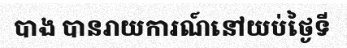
បាង បានរាយការណ៍នៅយប់ថ្ងៃទី